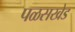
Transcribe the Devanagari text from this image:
पळसखेड